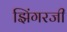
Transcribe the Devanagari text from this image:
झिंगरजी